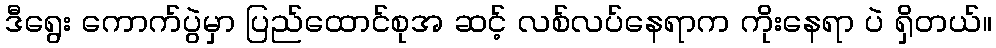
ဒီရွေး ကောက်ပွဲမှာ ပြည်ထောင်စုအ ဆင့် လစ်လပ်နေရာက ကိုးနေရာ ပဲ ရှိတယ်။